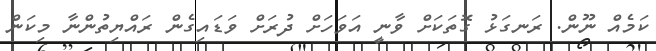
ކަމެއް ނޫން. ރަނގަޅު ގޮތަކަށް ވާނީ އަވަހަށް ދުރަށް ވަޑައިގެން ރައްޔިތުންނާ މިކަން